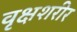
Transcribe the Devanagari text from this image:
वृक्षशरीर